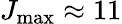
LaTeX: J_{\operatorname*{max}}\approx 11